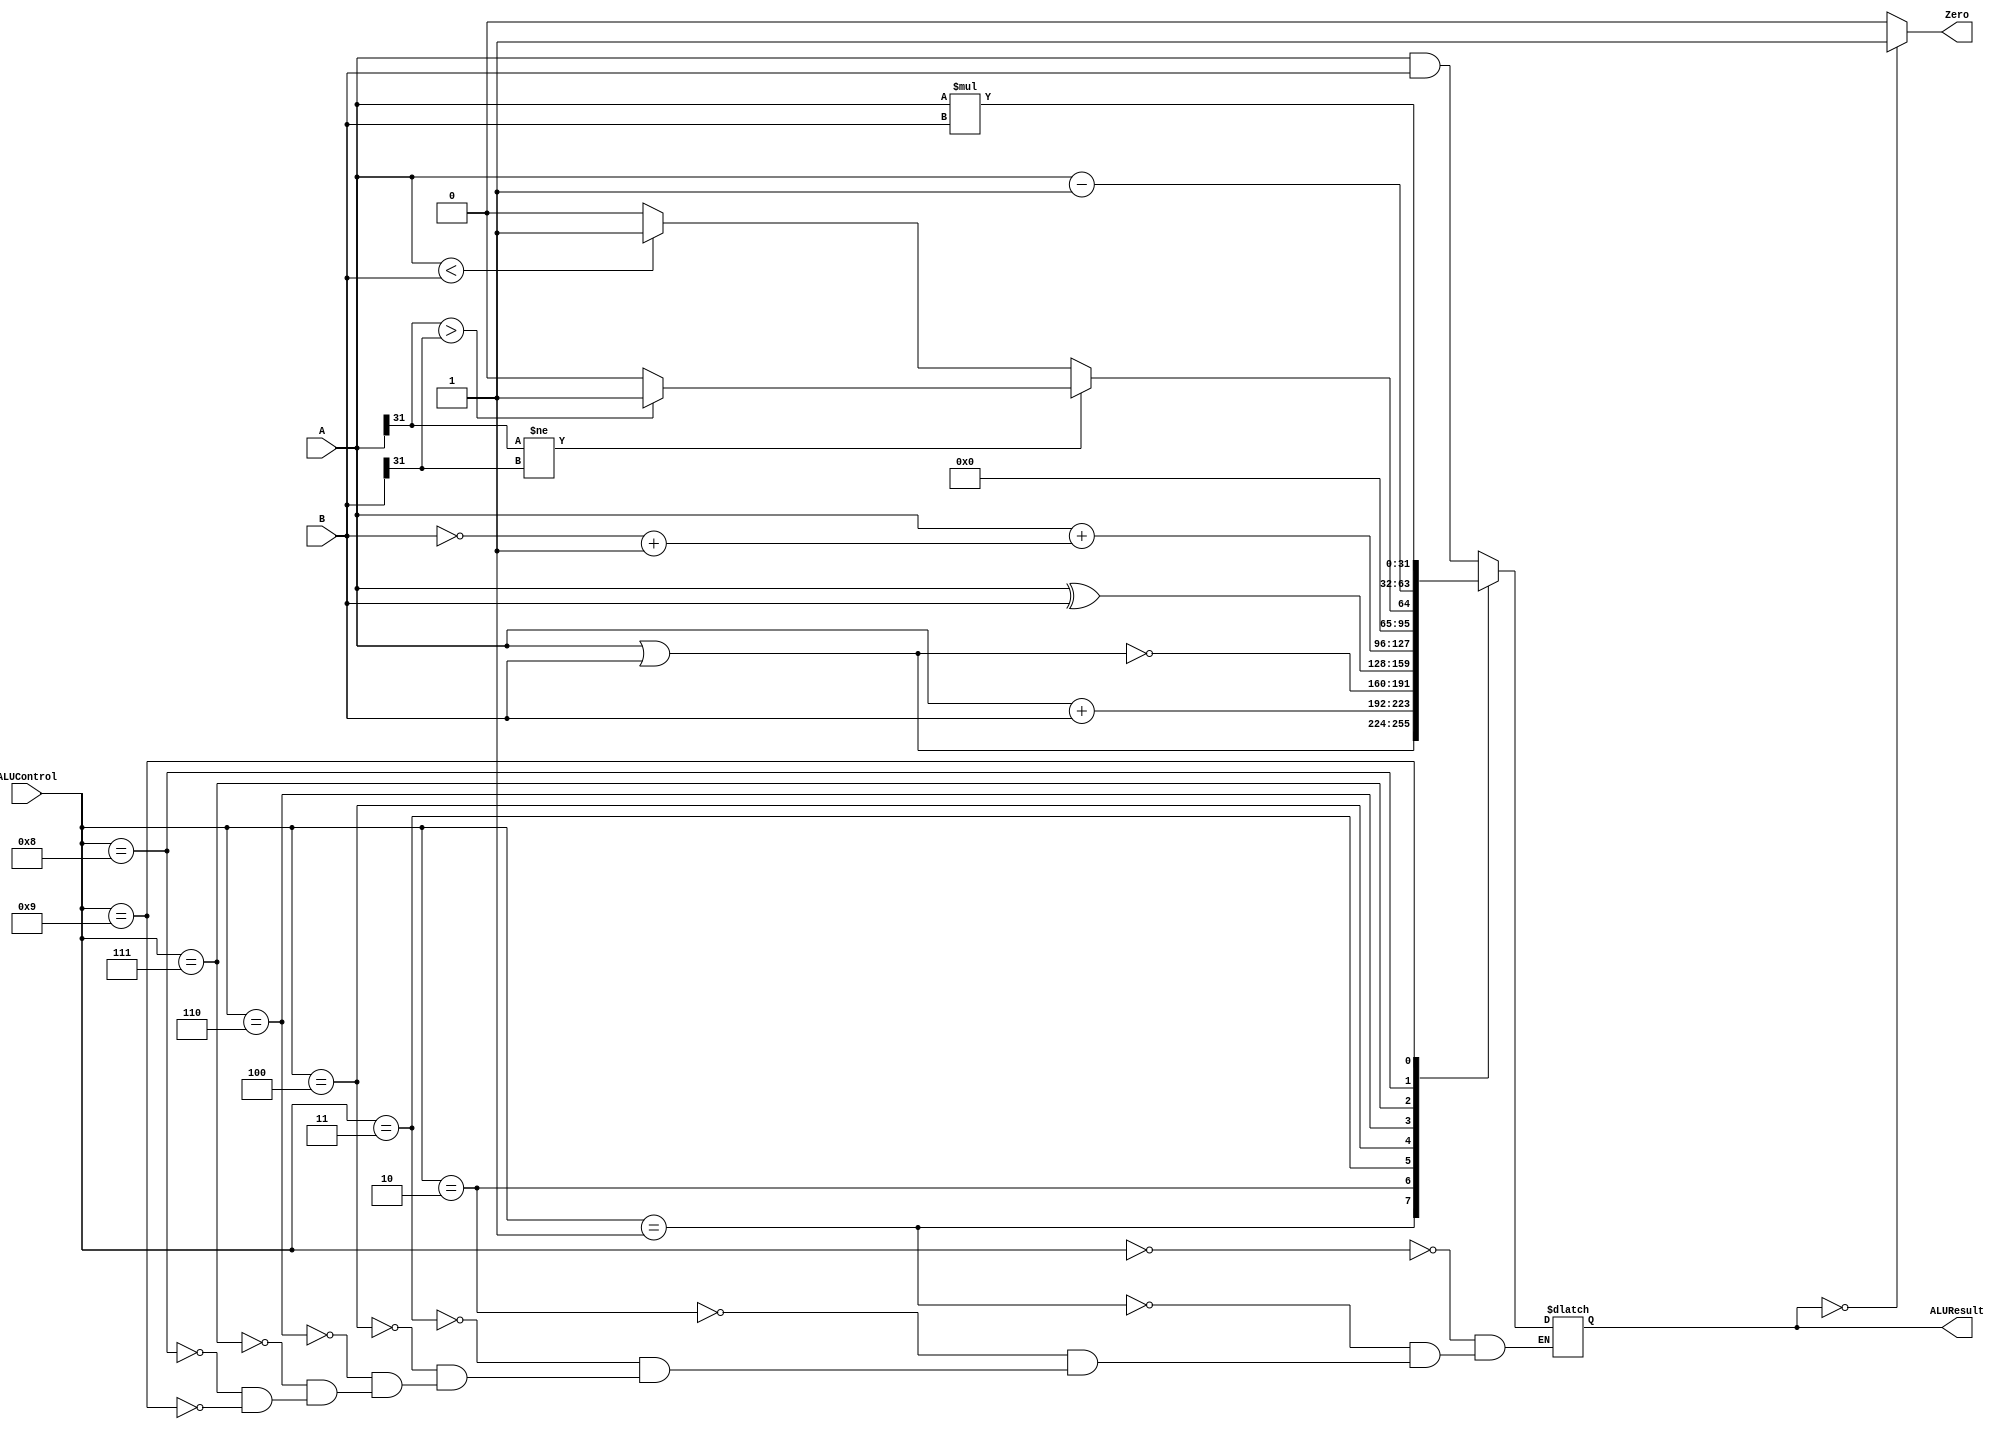
////////////////////////////////////////////////////////////////////////////////
// Description - 32-Bit wide arithmetic logic unit (ALU).
//
// INPUTS:-
// ALUControl: 4-Bit input control bits to select an ALU operation.
// A: 32-Bit input port A.
// B: 32-Bit input port B.
//
// OUTPUTS:-
// ALUResult: 32-Bit ALU result output.
// ZERO: 1-Bit output flag.
//
// Op   | 'ALUControl' value
// ==========================
// AND  | 0000
// OR   | 0001
// ADD  | 0010
// XOR  | 0100
// SUB  | 0110
// SLT  | 0111
// MUL  | 1001
//
////////////////////////////////////////////////////////////////////////////////

module ALU32Bit (
    output reg [31:0] ALUResult,
    output reg Zero,
    input [31:0] A,
    input [31:0] B,
    input [3:0] ALUControl
);
always @(*)
begin
    case (ALUControl)
        0: // AND
            ALUResult <= A & B;
        1: // OR
            ALUResult <= A | B;
        2: // ADD
            ALUResult <= A + B;
        3: // NOR
            ALUResult <= ~(A | B);
        4: // XOR
            ALUResult <= A^B;
        6: // SUB
            ALUResult <= A + (~B + 1);
        7: begin // SLT
            if (A[31] != B[31]) begin
                if (A[31] > B[31]) begin
                    ALUResult <= 1;
                end else begin
                    ALUResult <= 0;
                end
            end else begin
                if (A < B) begin
                    ALUResult <= 1;
                end else begin
                    ALUResult <= 0;
                end
            end
        end
        8: //Decrement 1
            ALUResult <= A - 1;
        9: // MUL
            ALUResult <= A * B;
        
        default: begin
            $display("Wrong ALUControl %d:",ALUControl);
        end
    endcase
end

always @(ALUResult)
begin
    if (ALUResult == 0) begin
        Zero <= 1;
    end else begin
        Zero <= 0;
    end
end

endmodule